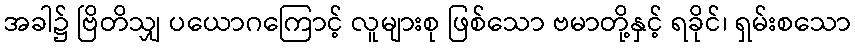
အခါ၌ ဗြိတိသျှ ပယောဂကြောင့် လူများစု ဖြစ်သော ဗမာတို့နှင့် ရခိုင်၊ ရှမ်းစသော